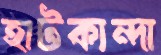
হাটকান্দা